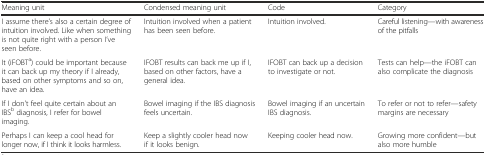
<table><thead><tr><td><b>Meaning unit</b></td><td><b>Condensed meaning unit</b></td><td><b>Code</b></td><td><b>Category</b></td></tr></thead><tbody><tr><td>I assume there’s also a certain degree of intuition involved. Like when something is not quite right with a person I’ve seen before.</td><td>Intuition involved when a patient has been seen before.</td><td>Intuition involved.</td><td>Careful listening—with awareness of the pitfalls</td></tr><tr><td>It (iFOBT<sup>a</sup>) could be important because it can back up my theory if I already, based on other symptoms and so on, have an idea.</td><td>IFOBT results can back me up if I, based on other factors, have a general idea.</td><td>IFOBT can back up a decision to investigate or not.</td><td>Tests can help—the iFOBT can also complicate the diagnosis</td></tr><tr><td>If I don&#x27;t feel quite certain about an IBS<sup>b</sup> diagnosis, I refer for bowel imaging.</td><td>Bowel imaging if the IBS diagnosis feels uncertain.</td><td>Bowel imaging if an uncertain IBS diagnosis.</td><td>To refer or not to refer—safety margins are necessary</td></tr><tr><td>Perhaps I can keep a cool head for longer now, if I think it looks harmless.</td><td>Keep a slightly cooler head now if it looks benign.</td><td>Keeping cooler head now.</td><td>Growing more confident—but also more humble</td></tr></tbody></table>